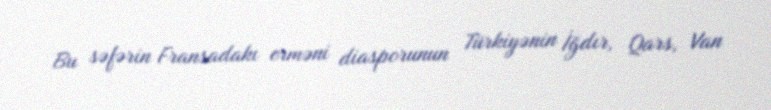
Bu səfərin Fransadakı erməni diasporunun Türkiyənin İğdır, Qars, Van